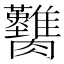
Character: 𦣚